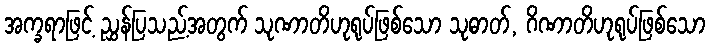
အက္ခရာဖြင့် ညွှန်ပြသည့်အတွက် သုဏာတိဟုရုပ်ဖြစ်သော သုဓာတ်, ဂိဏာတိဟုရုပ်ဖြစ်သော